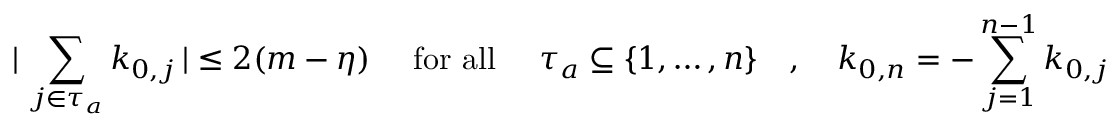
\vert \, \sum _ { j \in \tau _ { a } } k _ { 0 , j } \, \vert \leq 2 ( m - \eta ) \quad \mathrm { ~ f o r ~ a l l ~ } \quad \tau _ { a } \subseteq \{ 1 , \ldots , n \} \quad , \quad k _ { 0 , n } = - \sum _ { j = 1 } ^ { n - 1 } k _ { 0 , j }